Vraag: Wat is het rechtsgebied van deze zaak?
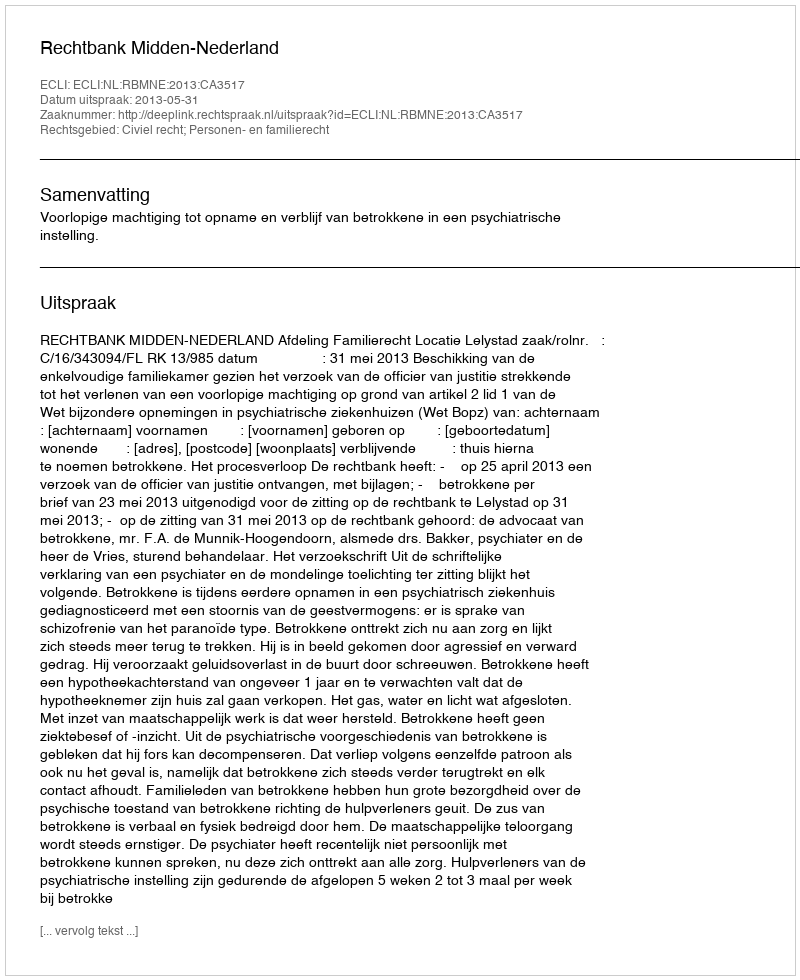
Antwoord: Civiel recht; Personen- en familierecht